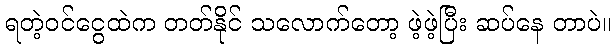
ရတဲ့ဝင်ငွေထဲက တတ်နိုင် သလောက်တော့ ဖဲ့ဖဲ့ပြီး ဆပ်နေ တာပဲ။